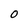
Character: 0